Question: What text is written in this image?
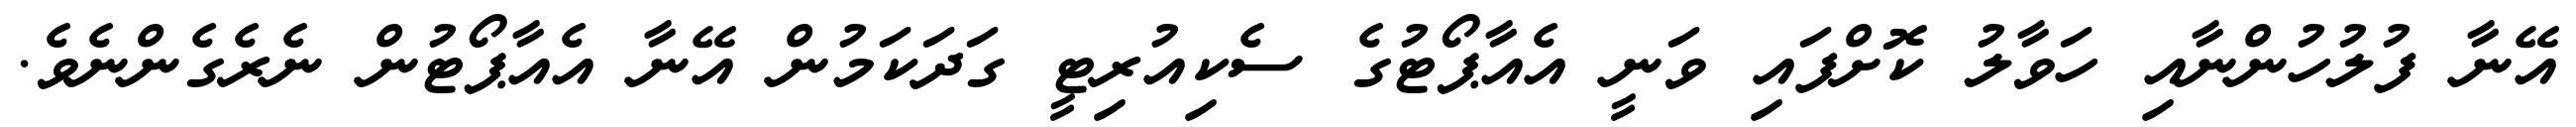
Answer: އޭނާ ފުލުހުންނާއި ހަވާލު ކޮށްފައި ވަނީ އެއާޕޯޓުގެ ސެކިއުރިޓީ ގަދަކަމުން އޭނާ އެއާޕޯޓުން ނެރެގެންނެވެ.